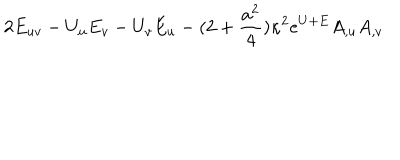
LaTeX: 2 E _ { u v } - U _ { u } E _ { v } - U _ { v } E _ { u } - ( 2 + { \frac { a ^ { 2 } } { 4 } } ) \kappa ^ { 2 } e ^ { U + E } A _ { , u } A _ { , v }